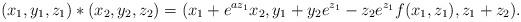
LaTeX: \begin{align*} (x_1,y_1,z_1) \ast (x_2,y_2,z_2)=(x_1+ e^{a z_1} x_2, y_1+y_2 e^{z_1}-z_2 e^{z_1} f(x_1,z_1), z_1+z_2). \end{align*}